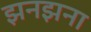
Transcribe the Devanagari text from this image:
झनझना